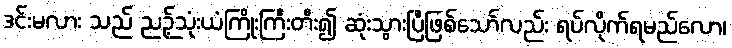
ဒင်းမလား သည် ညဉ့်သုံးယံကြိုးကြီးတီး၍ ဆုံးသွားပြီဖြစ်သော်လည်း ရပ်လိုက်ရမည်လော၊